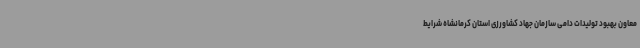
معاون بهبود تولیدات دامی سازمان جهاد کشاورزی استان کرمانشاه شرایط